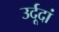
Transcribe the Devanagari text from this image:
उर्दूदां